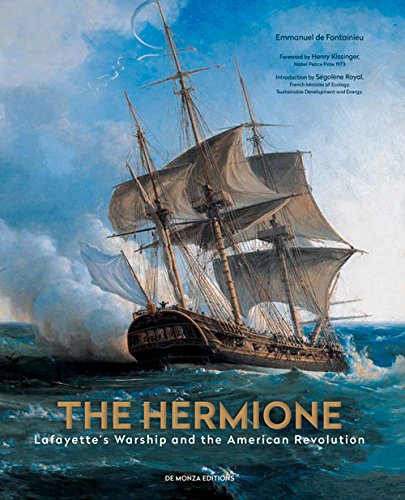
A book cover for The Hermione: Lafayette's Warship and the American Revolution; Emmanuel de Fontainieu; Engineering & Transportation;